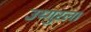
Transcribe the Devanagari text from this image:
उय्गुरला